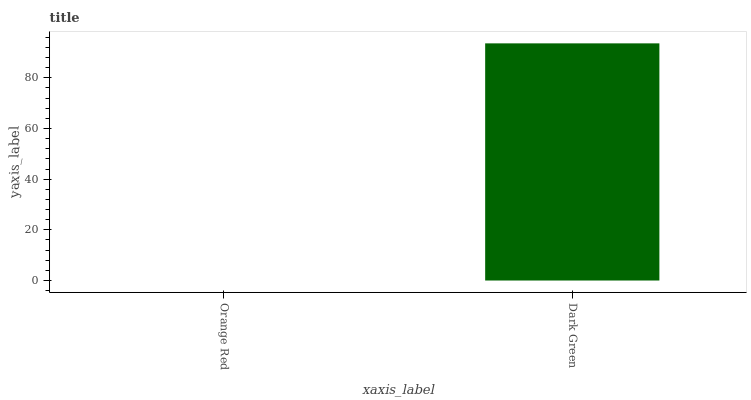
| xaxis_label | bars |
 | --- | --- |
 | Orange Red | 0 |
 | Dark Green | 93.6 |